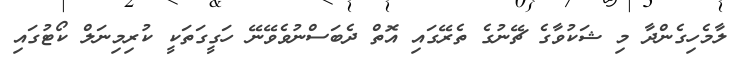
ލާމެހިގެންދާ މި ޝަކުވާގެ ޗޭނުގެ ތެރޭގައި އޮތް ދެބަސްނުވެވޭނޭ ހަގީގަތަކީ ކުރިމިނަލް ކޯޓުގައި